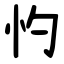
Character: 㣿